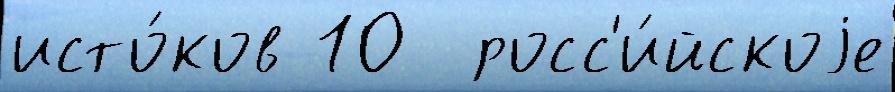
исто́ков 10  росс'и́йскоjе